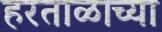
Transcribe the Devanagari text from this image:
हरताळाच्या